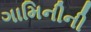
ગામિનીની